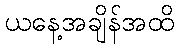
ယနေ့အချိန်အထိ